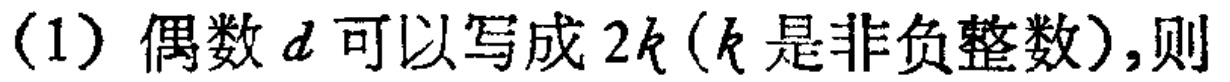
（1）偶数$d$可以写成$2k$（$k$是非负整数）,则